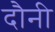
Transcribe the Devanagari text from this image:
दौनी